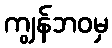
ကျွန်ဘဝမှ